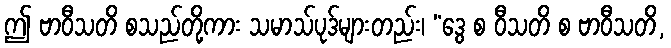
ဤ ဗာဝီသတိ စသည်တို့ကား သမာသ်ပုဒ်များတည်း၊ “ဒွေ စ ဝီသတိ စ ဗာဝီသတိ,